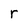
Character: r